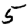
Digit: 5